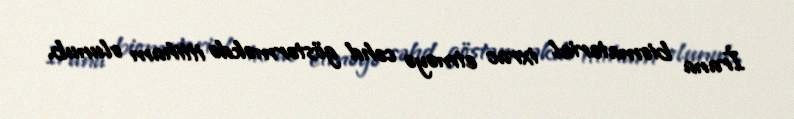
İrana biomaterial ixrac etməyə cəhd göstərməkdə ittiham olunub.